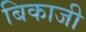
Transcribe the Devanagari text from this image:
बिकाजी